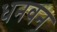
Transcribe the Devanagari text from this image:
धनवन